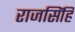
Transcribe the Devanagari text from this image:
राजसिंहि